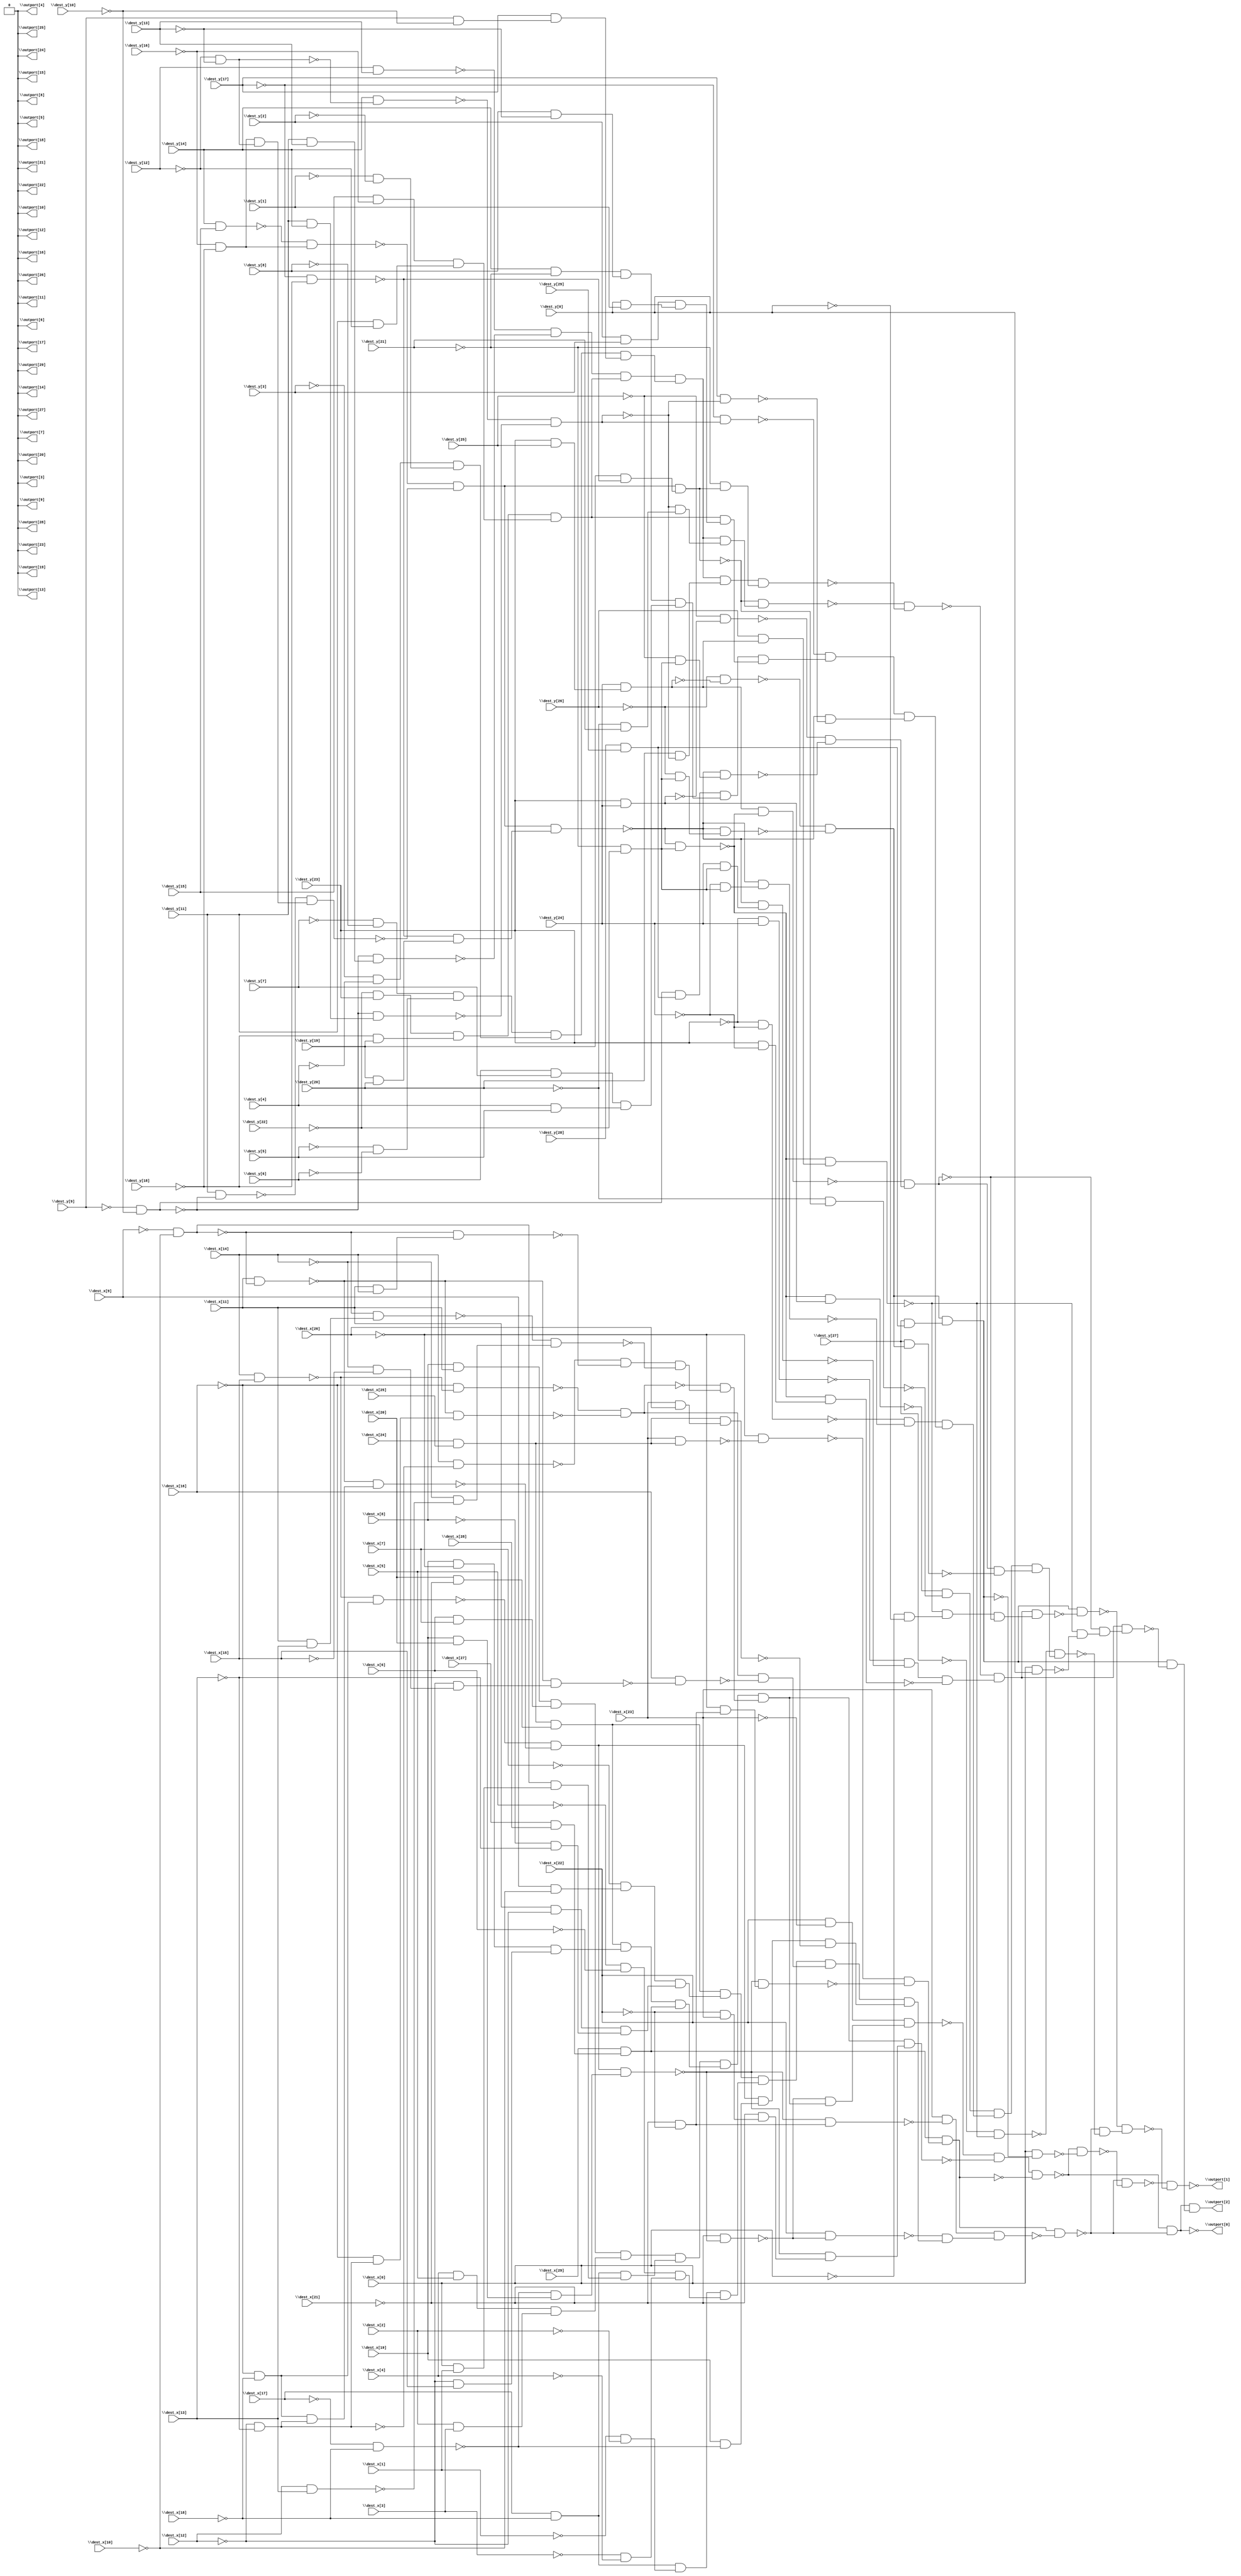
module top( \dest_x[0]  , \dest_x[1]  , \dest_x[2]  , \dest_x[3]  , \dest_x[4]  , \dest_x[5]  , \dest_x[6]  , \dest_x[7]  , \dest_x[8]  , \dest_x[9]  , \dest_x[10]  , \dest_x[11]  , \dest_x[12]  , \dest_x[13]  , \dest_x[14]  , \dest_x[15]  , \dest_x[16]  , \dest_x[17]  , \dest_x[18]  , \dest_x[19]  , \dest_x[20]  , \dest_x[21]  , \dest_x[22]  , \dest_x[23]  , \dest_x[24]  , \dest_x[25]  , \dest_x[26]  , \dest_x[27]  , \dest_x[28]  , \dest_x[29]  , \dest_y[0]  , \dest_y[1]  , \dest_y[2]  , \dest_y[3]  , \dest_y[4]  , \dest_y[5]  , \dest_y[6]  , \dest_y[7]  , \dest_y[8]  , \dest_y[9]  , \dest_y[10]  , \dest_y[11]  , \dest_y[12]  , \dest_y[13]  , \dest_y[14]  , \dest_y[15]  , \dest_y[16]  , \dest_y[17]  , \dest_y[18]  , \dest_y[19]  , \dest_y[20]  , \dest_y[21]  , \dest_y[22]  , \dest_y[23]  , \dest_y[24]  , \dest_y[25]  , \dest_y[26]  , \dest_y[27]  , \dest_y[28]  , \dest_y[29]  , \outport[0]  , \outport[1]  , \outport[2]  , \outport[3]  , \outport[4]  , \outport[5]  , \outport[6]  , \outport[7]  , \outport[8]  , \outport[9]  , \outport[10]  , \outport[11]  , \outport[12]  , \outport[13]  , \outport[14]  , \outport[15]  , \outport[16]  , \outport[17]  , \outport[18]  , \outport[19]  , \outport[20]  , \outport[21]  , \outport[22]  , \outport[23]  , \outport[24]  , \outport[25]  , \outport[26]  , \outport[27]  , \outport[28]  , \outport[29]  );
  input \dest_x[0]  ;
  input \dest_x[1]  ;
  input \dest_x[2]  ;
  input \dest_x[3]  ;
  input \dest_x[4]  ;
  input \dest_x[5]  ;
  input \dest_x[6]  ;
  input \dest_x[7]  ;
  input \dest_x[8]  ;
  input \dest_x[9]  ;
  input \dest_x[10]  ;
  input \dest_x[11]  ;
  input \dest_x[12]  ;
  input \dest_x[13]  ;
  input \dest_x[14]  ;
  input \dest_x[15]  ;
  input \dest_x[16]  ;
  input \dest_x[17]  ;
  input \dest_x[18]  ;
  input \dest_x[19]  ;
  input \dest_x[20]  ;
  input \dest_x[21]  ;
  input \dest_x[22]  ;
  input \dest_x[23]  ;
  input \dest_x[24]  ;
  input \dest_x[25]  ;
  input \dest_x[26]  ;
  input \dest_x[27]  ;
  input \dest_x[28]  ;
  input \dest_x[29]  ;
  input \dest_y[0]  ;
  input \dest_y[1]  ;
  input \dest_y[2]  ;
  input \dest_y[3]  ;
  input \dest_y[4]  ;
  input \dest_y[5]  ;
  input \dest_y[6]  ;
  input \dest_y[7]  ;
  input \dest_y[8]  ;
  input \dest_y[9]  ;
  input \dest_y[10]  ;
  input \dest_y[11]  ;
  input \dest_y[12]  ;
  input \dest_y[13]  ;
  input \dest_y[14]  ;
  input \dest_y[15]  ;
  input \dest_y[16]  ;
  input \dest_y[17]  ;
  input \dest_y[18]  ;
  input \dest_y[19]  ;
  input \dest_y[20]  ;
  input \dest_y[21]  ;
  input \dest_y[22]  ;
  input \dest_y[23]  ;
  input \dest_y[24]  ;
  input \dest_y[25]  ;
  input \dest_y[26]  ;
  input \dest_y[27]  ;
  input \dest_y[28]  ;
  input \dest_y[29]  ;
  output \outport[0]  ;
  output \outport[1]  ;
  output \outport[2]  ;
  output \outport[3]  ;
  output \outport[4]  ;
  output \outport[5]  ;
  output \outport[6]  ;
  output \outport[7]  ;
  output \outport[8]  ;
  output \outport[9]  ;
  output \outport[10]  ;
  output \outport[11]  ;
  output \outport[12]  ;
  output \outport[13]  ;
  output \outport[14]  ;
  output \outport[15]  ;
  output \outport[16]  ;
  output \outport[17]  ;
  output \outport[18]  ;
  output \outport[19]  ;
  output \outport[20]  ;
  output \outport[21]  ;
  output \outport[22]  ;
  output \outport[23]  ;
  output \outport[24]  ;
  output \outport[25]  ;
  output \outport[26]  ;
  output \outport[27]  ;
  output \outport[28]  ;
  output \outport[29]  ;
  wire n61 , n62 , n63 , n64 , n65 , n66 , n67 , n68 , n69 , n70 , n71 , n72 , n73 , n74 , n75 , n76 , n77 , n78 , n79 , n80 , n81 , n82 , n83 , n84 , n85 , n86 , n87 , n88 , n89 , n90 , n91 , n92 , n93 , n94 , n95 , n96 , n97 , n98 , n99 , n100 , n101 , n102 , n103 , n104 , n105 , n106 , n107 , n108 , n109 , n110 , n111 , n112 , n113 , n114 , n115 , n116 , n117 , n118 , n119 , n120 , n121 , n122 , n123 , n124 , n125 , n126 , n127 , n128 , n129 , n130 , n131 , n132 , n133 , n134 , n135 , n136 , n137 , n138 , n139 , n140 , n141 , n142 , n143 , n144 , n145 , n146 , n147 , n148 , n149 , n150 , n151 , n152 , n153 , n154 , n155 , n156 , n157 , n158 , n159 , n160 , n161 , n162 , n163 , n164 , n165 , n166 , n167 , n168 , n169 , n170 , n171 , n172 , n173 , n174 , n175 , n176 , n177 , n178 , n179 , n180 , n181 , n182 , n183 , n184 , n185 , n186 , n187 , n188 , n189 , n190 , n191 , n192 , n193 , n194 , n195 , n196 , n197 , n198 , n199 , n200 , n201 , n202 , n203 , n204 , n205 , n206 , n207 , n208 , n209 , n210 , n211 , n212 , n213 , n214 , n215 , n216 , n217 , n218 , n219 , n220 , n221 , n222 , n223 , n224 , n225 , n226 , n227 , n228 , n229 , n230 , n231 , n232 , n233 , n234 , n235 , n236 , n237 , n238 , n239 , n240 , n241 , n242 , n243 , n244 , n245 , n246 , n247 , n248 , n249 , n250 , n251 , n252 , n253 , n254 , n255 , n256 , n257 , n258 , n259 , n260 , n261 , n262 , n263 , n264 , n265 , n266 , n267 , n268 , n269 , n270 , n271 , n272 , n273 , n274 , n275 , n276 , n277 , n278 , n279 , n280 , n281 , n282 , n283 , n284 , n285 , n286 , n287 , n288 , n289 , n290 , n291 ;
  assign n61 = \dest_x[22]  & ~\dest_x[23]  ;
  assign n62 = \dest_x[14]  & \dest_x[15]  ;
  assign n63 = ~\dest_x[16]  & ~\dest_x[18]  ;
  assign n64 = ~n62 & n63 ;
  assign n65 = ~\dest_x[9]  & ~\dest_x[10]  ;
  assign n66 = \dest_x[11]  & ~n65 ;
  assign n67 = ~\dest_x[12]  & ~\dest_x[13]  ;
  assign n68 = n63 & n67 ;
  assign n69 = ~n66 & n68 ;
  assign n70 = ~n64 & ~n69 ;
  assign n71 = ~\dest_x[17]  & ~\dest_x[18]  ;
  assign n72 = \dest_x[19]  & \dest_x[20]  ;
  assign n73 = ~n71 & n72 ;
  assign n74 = n70 & n73 ;
  assign n75 = ~\dest_x[21]  & ~n74 ;
  assign n76 = \dest_x[8]  & \dest_x[11]  ;
  assign n77 = \dest_x[6]  & \dest_x[7]  ;
  assign n78 = n76 & n77 ;
  assign n79 = \dest_x[4]  & \dest_x[5]  ;
  assign n80 = \dest_x[2]  & \dest_x[3]  ;
  assign n81 = n79 & n80 ;
  assign n82 = n78 & n81 ;
  assign n83 = \dest_x[17]  & ~\dest_x[18]  ;
  assign n84 = \dest_x[0]  & \dest_x[1]  ;
  assign n85 = n65 & n84 ;
  assign n86 = n83 & n85 ;
  assign n87 = n82 & n86 ;
  assign n88 = \dest_x[24]  & \dest_x[25]  ;
  assign n89 = \dest_x[20]  & ~\dest_x[21]  ;
  assign n90 = n88 & n89 ;
  assign n91 = \dest_x[19]  & ~\dest_x[26]  ;
  assign n92 = ~\dest_x[12]  & \dest_x[15]  ;
  assign n93 = n91 & n92 ;
  assign n94 = n90 & n93 ;
  assign n95 = \dest_x[27]  & \dest_x[28]  ;
  assign n96 = \dest_x[29]  & n95 ;
  assign n97 = n94 & n96 ;
  assign n98 = n87 & n97 ;
  assign n99 = ~\dest_x[16]  & ~n62 ;
  assign n100 = ~\dest_x[16]  & n67 ;
  assign n101 = ~n66 & n100 ;
  assign n102 = ~n99 & ~n101 ;
  assign n103 = \dest_x[14]  & ~n67 ;
  assign n104 = \dest_x[11]  & \dest_x[14]  ;
  assign n105 = ~n65 & n104 ;
  assign n106 = ~n103 & ~n105 ;
  assign n107 = \dest_x[11]  & \dest_x[13]  ;
  assign n108 = ~n65 & n107 ;
  assign n109 = \dest_x[12]  & \dest_x[13]  ;
  assign n110 = ~\dest_x[14]  & ~n109 ;
  assign n111 = ~n108 & n110 ;
  assign n112 = n106 & ~n111 ;
  assign n113 = ~n102 & n112 ;
  assign n114 = n98 & n113 ;
  assign n115 = ~n75 & n114 ;
  assign n116 = n61 & n115 ;
  assign n117 = ~\dest_x[22]  & \dest_x[23]  ;
  assign n118 = ~\dest_x[21]  & n117 ;
  assign n119 = ~n74 & n118 ;
  assign n120 = n114 & n119 ;
  assign n121 = ~n116 & ~n120 ;
  assign n122 = \dest_x[23]  & n88 ;
  assign n123 = ~\dest_x[26]  & ~n122 ;
  assign n124 = ~\dest_x[21]  & ~\dest_x[22]  ;
  assign n125 = ~\dest_x[26]  & n124 ;
  assign n126 = ~n74 & n125 ;
  assign n127 = ~n123 & ~n126 ;
  assign n128 = n96 & n127 ;
  assign n129 = n121 & ~n128 ;
  assign n130 = ~n74 & n124 ;
  assign n131 = \dest_x[23]  & ~n130 ;
  assign n132 = \dest_x[22]  & ~n75 ;
  assign n133 = \dest_x[9]  & ~\dest_x[10]  ;
  assign n134 = ~\dest_x[7]  & n133 ;
  assign n135 = \dest_x[11]  & ~\dest_x[12]  ;
  assign n136 = ~\dest_x[8]  & ~\dest_x[13]  ;
  assign n137 = n135 & n136 ;
  assign n138 = n134 & n137 ;
  assign n139 = n90 & n138 ;
  assign n140 = ~\dest_x[1]  & ~\dest_x[2]  ;
  assign n141 = n83 & n140 ;
  assign n142 = ~\dest_x[5]  & ~\dest_x[6]  ;
  assign n143 = ~\dest_x[3]  & ~\dest_x[4]  ;
  assign n144 = n142 & n143 ;
  assign n145 = n141 & n144 ;
  assign n146 = n139 & n145 ;
  assign n147 = ~\dest_x[14]  & ~\dest_x[15]  ;
  assign n148 = ~\dest_x[12]  & n147 ;
  assign n149 = ~n66 & n148 ;
  assign n150 = \dest_x[16]  & ~n149 ;
  assign n151 = n102 & ~n150 ;
  assign n152 = n146 & n151 ;
  assign n153 = \dest_x[19]  & ~n71 ;
  assign n154 = n70 & n153 ;
  assign n155 = \dest_x[23]  & \dest_x[26]  ;
  assign n156 = n88 & n155 ;
  assign n157 = n154 & ~n156 ;
  assign n158 = n152 & n157 ;
  assign n159 = ~n132 & n158 ;
  assign n160 = n131 & n159 ;
  assign n161 = n128 & ~n160 ;
  assign n162 = ~n129 & ~n161 ;
  assign n163 = \dest_y[23]  & \dest_y[25]  ;
  assign n164 = \dest_y[24]  & n163 ;
  assign n165 = ~\dest_y[26]  & ~n164 ;
  assign n166 = \dest_y[14]  & \dest_y[15]  ;
  assign n167 = ~\dest_y[16]  & ~\dest_y[18]  ;
  assign n168 = ~n166 & n167 ;
  assign n169 = ~\dest_y[9]  & ~\dest_y[10]  ;
  assign n170 = \dest_y[11]  & ~n169 ;
  assign n171 = ~\dest_y[12]  & ~\dest_y[13]  ;
  assign n172 = n167 & n171 ;
  assign n173 = ~n170 & n172 ;
  assign n174 = ~n168 & ~n173 ;
  assign n175 = ~\dest_y[17]  & ~\dest_y[18]  ;
  assign n176 = \dest_y[19]  & \dest_y[20]  ;
  assign n177 = ~n175 & n176 ;
  assign n178 = n174 & n177 ;
  assign n179 = ~\dest_y[21]  & ~\dest_y[22]  ;
  assign n180 = ~\dest_y[26]  & n179 ;
  assign n181 = ~n178 & n180 ;
  assign n182 = ~n165 & ~n181 ;
  assign n183 = \dest_y[28]  & \dest_y[29]  ;
  assign n184 = \dest_y[27]  & n183 ;
  assign n185 = n182 & n184 ;
  assign n186 = \dest_x[0]  & ~n185 ;
  assign n187 = ~n129 & ~n186 ;
  assign n188 = ~n161 & ~n187 ;
  assign n189 = \dest_y[19]  & ~n175 ;
  assign n190 = n174 & n189 ;
  assign n191 = \dest_y[12]  & \dest_y[13]  ;
  assign n192 = \dest_y[11]  & \dest_y[13]  ;
  assign n193 = ~n169 & n192 ;
  assign n194 = ~n191 & ~n193 ;
  assign n195 = ~\dest_y[22]  & \dest_y[23]  ;
  assign n196 = ~\dest_y[18]  & \dest_y[19]  ;
  assign n197 = n195 & n196 ;
  assign n198 = \dest_y[15]  & ~\dest_y[16]  ;
  assign n199 = \dest_y[11]  & ~\dest_y[12]  ;
  assign n200 = n198 & n199 ;
  assign n201 = n197 & n200 ;
  assign n202 = n194 & n201 ;
  assign n203 = ~\dest_y[7]  & ~\dest_y[8]  ;
  assign n204 = ~\dest_y[5]  & ~\dest_y[6]  ;
  assign n205 = n203 & n204 ;
  assign n206 = ~\dest_y[3]  & ~\dest_y[4]  ;
  assign n207 = ~\dest_y[1]  & ~\dest_y[2]  ;
  assign n208 = n206 & n207 ;
  assign n209 = n205 & n208 ;
  assign n210 = \dest_y[9]  & ~\dest_y[10]  ;
  assign n211 = \dest_y[17]  & n210 ;
  assign n212 = n209 & n211 ;
  assign n213 = n202 & n212 ;
  assign n214 = \dest_y[14]  & ~n171 ;
  assign n215 = \dest_y[11]  & \dest_y[14]  ;
  assign n216 = ~n169 & n215 ;
  assign n217 = ~n214 & ~n216 ;
  assign n218 = ~\dest_y[20]  & \dest_y[21]  ;
  assign n219 = ~n217 & n218 ;
  assign n220 = n213 & n219 ;
  assign n221 = ~n190 & n220 ;
  assign n222 = \dest_y[20]  & ~n217 ;
  assign n223 = n213 & n222 ;
  assign n224 = ~\dest_y[21]  & n190 ;
  assign n225 = n223 & n224 ;
  assign n226 = ~n221 & ~n225 ;
  assign n227 = ~\dest_y[23]  & \dest_y[24]  ;
  assign n228 = \dest_y[24]  & n179 ;
  assign n229 = ~n178 & n228 ;
  assign n230 = ~n227 & ~n229 ;
  assign n231 = ~n178 & n179 ;
  assign n232 = \dest_y[23]  & ~\dest_y[24]  ;
  assign n233 = ~n231 & n232 ;
  assign n234 = n230 & ~n233 ;
  assign n235 = ~n226 & n234 ;
  assign n236 = \dest_y[26]  & n164 ;
  assign n237 = ~n231 & n236 ;
  assign n238 = ~\dest_x[0]  & ~\dest_y[0]  ;
  assign n239 = ~n237 & n238 ;
  assign n240 = n164 & ~n231 ;
  assign n241 = \dest_y[23]  & \dest_y[24]  ;
  assign n242 = ~\dest_y[25]  & ~n241 ;
  assign n243 = ~\dest_y[25]  & n179 ;
  assign n244 = ~n178 & n243 ;
  assign n245 = ~n242 & ~n244 ;
  assign n246 = ~n240 & n245 ;
  assign n247 = n239 & ~n246 ;
  assign n248 = n235 & n247 ;
  assign n249 = n185 & ~n248 ;
  assign n250 = ~\dest_y[27]  & ~n237 ;
  assign n251 = ~n231 & n241 ;
  assign n252 = ~\dest_y[20]  & ~n190 ;
  assign n253 = ~n251 & ~n252 ;
  assign n254 = ~\dest_y[23]  & ~\dest_y[24]  ;
  assign n255 = ~\dest_y[24]  & n179 ;
  assign n256 = ~n178 & n255 ;
  assign n257 = ~n254 & ~n256 ;
  assign n258 = ~\dest_y[17]  & n217 ;
  assign n259 = n169 & n183 ;
  assign n260 = \dest_y[14]  & ~\dest_y[21]  ;
  assign n261 = \dest_y[8]  & ~\dest_y[13]  ;
  assign n262 = n260 & n261 ;
  assign n263 = \dest_y[6]  & \dest_y[7]  ;
  assign n264 = \dest_y[4]  & \dest_y[5]  ;
  assign n265 = n263 & n264 ;
  assign n266 = n262 & n265 ;
  assign n267 = n259 & n266 ;
  assign n268 = \dest_y[2]  & \dest_y[3]  ;
  assign n269 = \dest_y[0]  & \dest_y[1]  ;
  assign n270 = n268 & n269 ;
  assign n271 = n201 & n270 ;
  assign n272 = n267 & n271 ;
  assign n273 = ~n258 & n272 ;
  assign n274 = \dest_y[17]  & ~n217 ;
  assign n275 = ~n178 & ~n274 ;
  assign n276 = n273 & n275 ;
  assign n277 = n257 & n276 ;
  assign n278 = n253 & n277 ;
  assign n279 = \dest_y[27]  & n182 ;
  assign n280 = n246 & ~n279 ;
  assign n281 = n278 & n280 ;
  assign n282 = ~n250 & n281 ;
  assign n283 = ~n161 & ~n282 ;
  assign n284 = ~n249 & n283 ;
  assign n285 = ~n188 & ~n284 ;
  assign n286 = \dest_x[0]  & \dest_y[0]  ;
  assign n287 = ~n237 & ~n286 ;
  assign n288 = ~n246 & n287 ;
  assign n289 = n235 & n288 ;
  assign n290 = n185 & ~n289 ;
  assign n291 = n162 & n290 ;
  assign \outport[0]  = ~n162 ;
  assign \outport[1]  = ~n285 ;
  assign \outport[2]  = n291 ;
  assign \outport[3]  = 1'b0 ;
  assign \outport[4]  = 1'b0 ;
  assign \outport[5]  = 1'b0 ;
  assign \outport[6]  = 1'b0 ;
  assign \outport[7]  = 1'b0 ;
  assign \outport[8]  = 1'b0 ;
  assign \outport[9]  = 1'b0 ;
  assign \outport[10]  = 1'b0 ;
  assign \outport[11]  = 1'b0 ;
  assign \outport[12]  = 1'b0 ;
  assign \outport[13]  = 1'b0 ;
  assign \outport[14]  = 1'b0 ;
  assign \outport[15]  = 1'b0 ;
  assign \outport[16]  = 1'b0 ;
  assign \outport[17]  = 1'b0 ;
  assign \outport[18]  = 1'b0 ;
  assign \outport[19]  = 1'b0 ;
  assign \outport[20]  = 1'b0 ;
  assign \outport[21]  = 1'b0 ;
  assign \outport[22]  = 1'b0 ;
  assign \outport[23]  = 1'b0 ;
  assign \outport[24]  = 1'b0 ;
  assign \outport[25]  = 1'b0 ;
  assign \outport[26]  = 1'b0 ;
  assign \outport[27]  = 1'b0 ;
  assign \outport[28]  = 1'b0 ;
  assign \outport[29]  = 1'b0 ;
endmodule